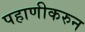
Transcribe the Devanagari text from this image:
पहाणीकरुन